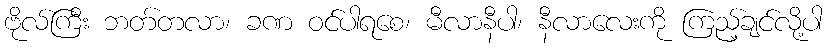
ဗိုလ်ကြီး ဘတ်တလာ၊ ခဏ ဝင်ပါရစေ၊ မီလာနီပါ၊ နီလာလေးကို ကြည့်ချင်လို့ပါ